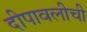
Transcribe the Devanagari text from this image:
दीपावलीची